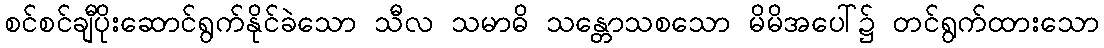
စင်စင်ချီပိုးဆောင်ရွက်နိုင်ခဲသော သီလ သမာဓိ သန္တောသစသော မိမိအပေါ်၌ တင်ရွက်ထားသော